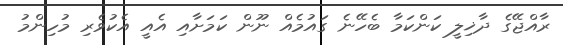
ރާއްޖޭގެ ދާޚިލީ ކަންކަމާ ބެހޭނެ ގަައުމެއް ނޫން ކަމަށާއި އެއީ އެކުވެރި މުހިންމު